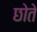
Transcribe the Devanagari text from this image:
छोते